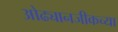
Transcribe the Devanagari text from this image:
ओढ्यानजीकच्या